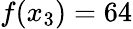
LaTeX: f(x_{3})=64